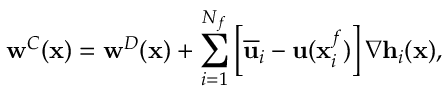
\mathbf { w } ^ { C } ( \mathbf { x } ) = \mathbf { w } ^ { D } ( \mathbf { x } ) + \sum _ { i = 1 } ^ { N _ { f } } \left[ \overline { { \mathbf { u } } } _ { i } - \mathbf { u } ( \mathbf { x } _ { i } ^ { f } ) \right] \nabla \mathbf { h } _ { i } ( \mathbf { x } ) ,